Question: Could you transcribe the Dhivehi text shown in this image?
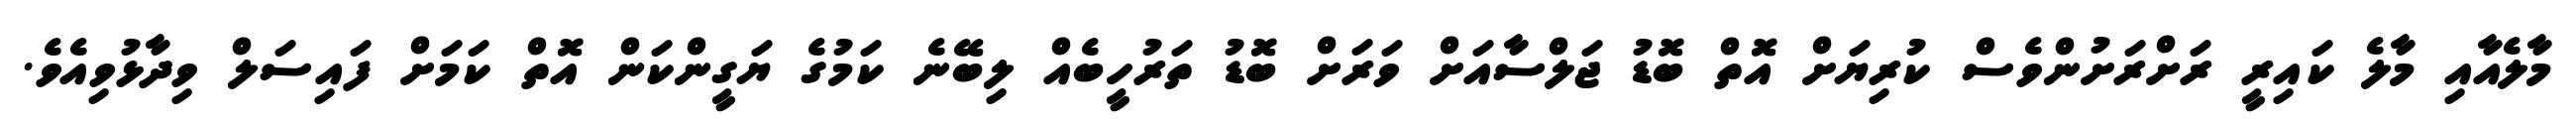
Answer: މާލެއާއި މާލެ ކައިރީ ރަށްރަށުންވެސް ކުރިޔަށް އޮތް ބޮޑު ޖަލްސާއަށް ވަރަށް ބޮޑު ތަރުހީބެއް ލިބޭނެ ކަމުގެ ޔަގީންކަން އޮތް ކަމަށް ފައިސަލް ވިދާޅުވިއެވެ.